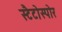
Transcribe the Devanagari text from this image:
स्टैटोस्पोर